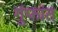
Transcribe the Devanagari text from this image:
गुंफांत